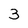
Character: 3